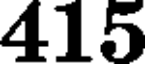
415